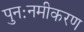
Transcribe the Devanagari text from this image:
पुनःनमीकरण